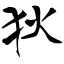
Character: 狄